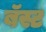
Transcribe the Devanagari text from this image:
बॅस्ट